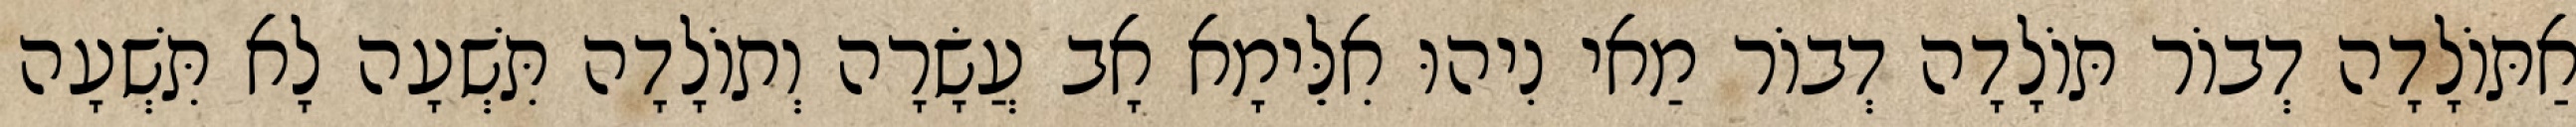
אַתּוֹלָדָה דְבוֹר תּוֹלָדָה דְבוֹר מַאי נִיהוּ אִלֵּימָא אָב עֲשָׂרָה וְתוֹלָדָה תִּשְׁעָה לָא תִּשְׁעָה